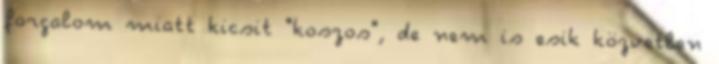
forgalom miatt kicsit "koszos", de nem is esik közvetlen